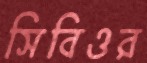
সিবিওর